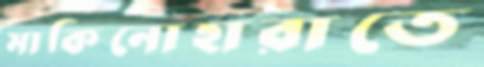
মাকিনোহারাতে